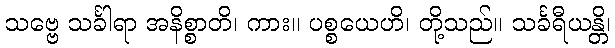
သဗ္ဗေ သင်္ခါရာ အနိစ္စာတိ၊ ကား။ ပစ္စယေဟိ၊ တို့သည်။ သင်္ခရီယန္တိ၊